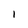
Character: I